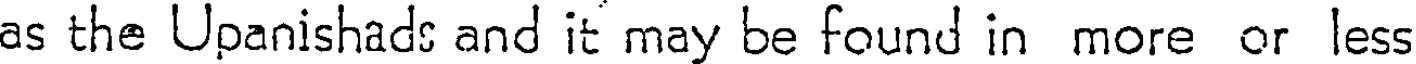
as the Upanishads and it may be found in more or less